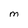
Character: M